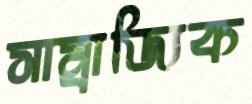
সাম্রাজ্যিক